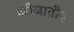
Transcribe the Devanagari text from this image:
परीजातीय